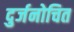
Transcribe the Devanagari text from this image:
दुर्जनोचित